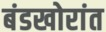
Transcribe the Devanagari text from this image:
बंडखोरांत